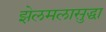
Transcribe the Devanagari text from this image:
झेलमलासुद्धा